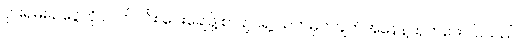
ငှားရမ်းခ ငွေကို လက်ငင်း ပေးချေဖို့ စာချုပ်ရဲ့ သတ်မှတ်ချက်အနေနဲ့ထုတ်ဖော် ပြသည်။